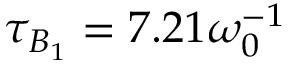
\tau _ { B _ { 1 } } = 7 . 2 1 \omega _ { 0 } ^ { - 1 }